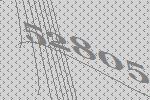
52805